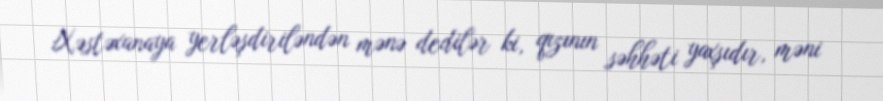
Xəstəxanaya yerləşdiriləndən mənə dedilər ki, qızının səhhəti yaxşıdır, məni